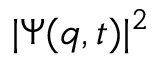
| \Psi ( q , t ) | ^ { 2 }